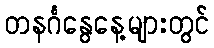
တနင်္ဂနွေနေ့များတွင်